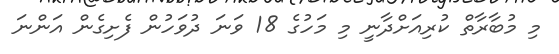
މި މުބާރާތް ކުރިއަށްދާނީ މި މަހުގެ 18 ވަނަ ދުވަހުން ފެށިގެން އަންނަ